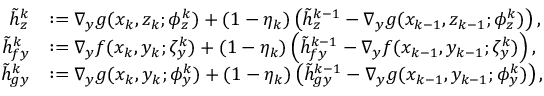
\begin{array} { r l } { \tilde { h } _ { z } ^ { k } } & { : = \nabla _ { y } g ( x _ { k } , z _ { k } ; \phi _ { z } ^ { k } ) + ( 1 - \eta _ { k } ) \left( \tilde { h } _ { z } ^ { k - 1 } - \nabla _ { y } g ( x _ { k - 1 } , z _ { k - 1 } ; \phi _ { z } ^ { k } ) \right) , } \\ { \tilde { h } _ { f y } ^ { k } } & { : = \nabla _ { y } f ( x _ { k } , y _ { k } ; \zeta _ { y } ^ { k } ) + ( 1 - \eta _ { k } ) \left( \tilde { h } _ { f y } ^ { k - 1 } - \nabla _ { y } f ( x _ { k - 1 } , y _ { k - 1 } ; \zeta _ { y } ^ { k } ) \right) , } \\ { \tilde { h } _ { g y } ^ { k } } & { : = \nabla _ { y } g ( x _ { k } , y _ { k } ; \phi _ { y } ^ { k } ) + ( 1 - \eta _ { k } ) \left( \tilde { h } _ { g y } ^ { k - 1 } - \nabla _ { y } g ( x _ { k - 1 } , y _ { k - 1 } ; \phi _ { y } ^ { k } ) \right) , } \end{array}